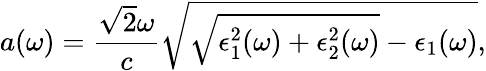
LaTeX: a(\omega)=\frac{\sqrt{2}\omega}{c}\sqrt{\sqrt{\epsilon_{1}^{2}(\omega)+\epsilon_{2}^{2}(\omega)}-\epsilon_{1}(\omega)},